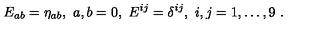
E _ { a b } = \eta _ { a b } , \ a , b = 0 , \ E ^ { i j } = \delta ^ { i j } , \ i , j = 1 , \dots , 9 \ .